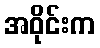
အဝိုင်းက